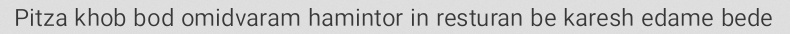
Pitza khob bod omidvaram hamintor in resturan be karesh edame bede